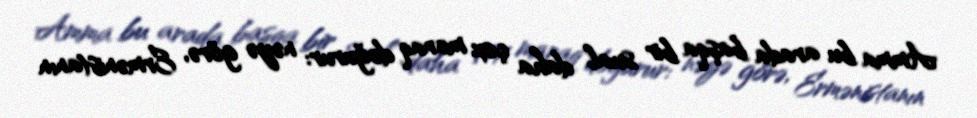
Amma bu arada başqa bir sual daha çox maraq doğurur: nəyə görə, Ermənistanın